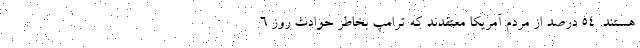
هستند. ۵۴ درصد از مردم آمریکا معتقدند که ترامپ بخاطر حوادث روز ۶